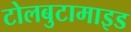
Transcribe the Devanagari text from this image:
टोलबुटामाइड